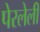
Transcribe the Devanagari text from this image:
पेरलेली